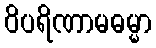
ဝိပရိဏာမဓမ္မာ